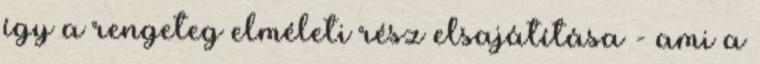
így a rengeteg elméleti rész elsajátítása - ami a